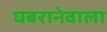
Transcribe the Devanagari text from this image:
घबरानेवाला